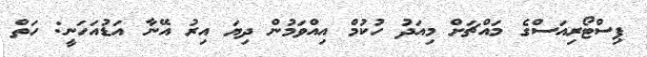
ޕިސްޓޯރިއަސްގެ މައްޗަށް މިއަދު ހުކުމް އިއްވަމުން ދިޔަ އިރު އޭނާ އަޑުއަހަނީ: ހަތް